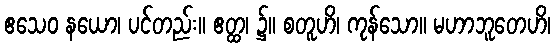
ဧသေဝ နယော၊ ပင်တည်း။ ဧတ္ထ၊ ၌။ စတူဟိ၊ ကုန်သော။ မဟာဘူတေဟိ၊